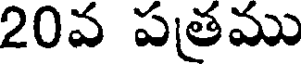
20వ పత్రము